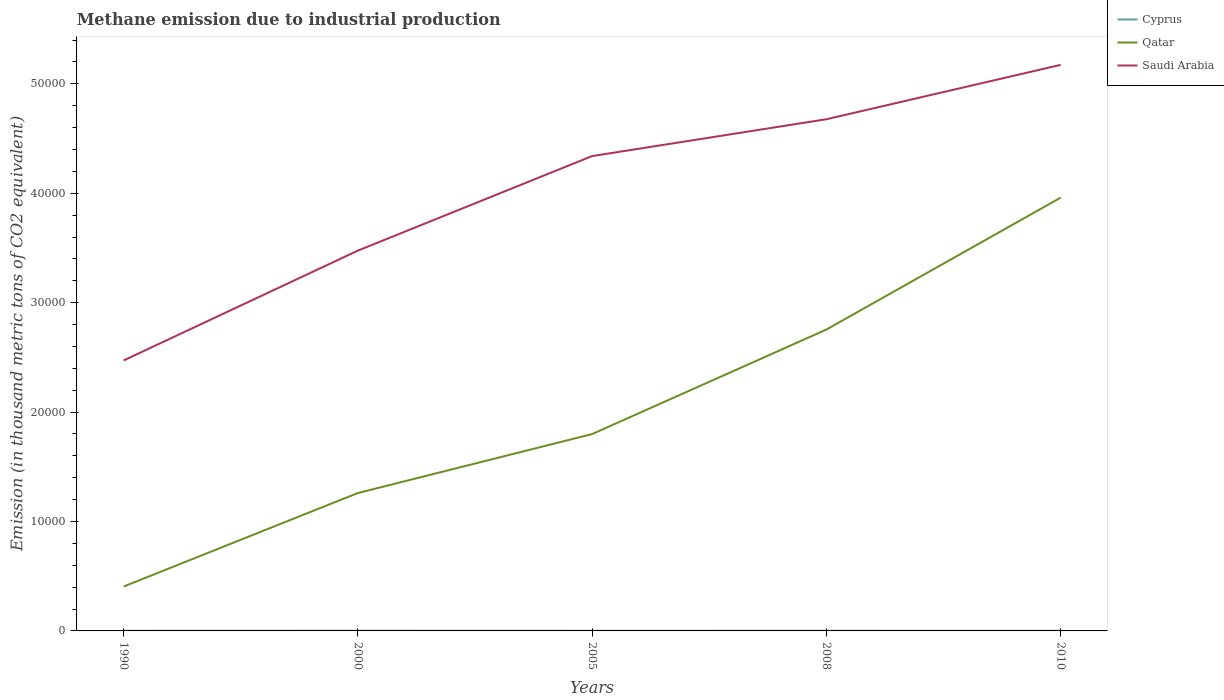
| Years | Cyprus | Qatar | Saudi Arabia |
 | --- | --- | --- | --- |
 | 1990 | 14.7 | 4.06e+03 | 2.47e+04 |
 | 2000 | 21.7 | 1.26e+04 | 3.48e+04 |
 | 2005 | 13.7 | 1.8e+04 | 4.34e+04 |
 | 2008 | 16 | 2.75e+04 | 4.68e+04 |
 | 2010 | 13.3 | 3.96e+04 | 5.17e+04 |